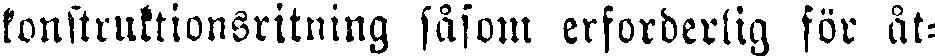
konstruktionsritning såsom erforderlig för åt-